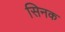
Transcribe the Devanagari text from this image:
सिनक